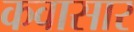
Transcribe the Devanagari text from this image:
कवासार